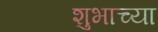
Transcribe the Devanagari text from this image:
शुभाच्या